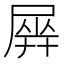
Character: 𡲱